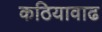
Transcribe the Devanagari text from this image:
कठियावाढ